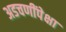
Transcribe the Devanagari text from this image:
अडचणींपेक्षा